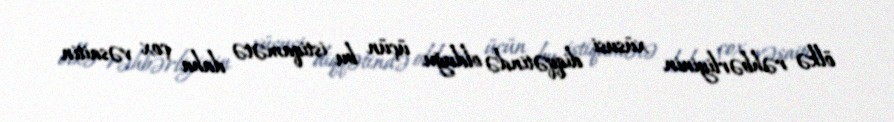
ölkə rəhbərliyinin xüsusi diqqətində olduğu üçün bu istiqamətə daha çox vəsaitin